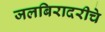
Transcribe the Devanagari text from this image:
जलबिरादरीचे